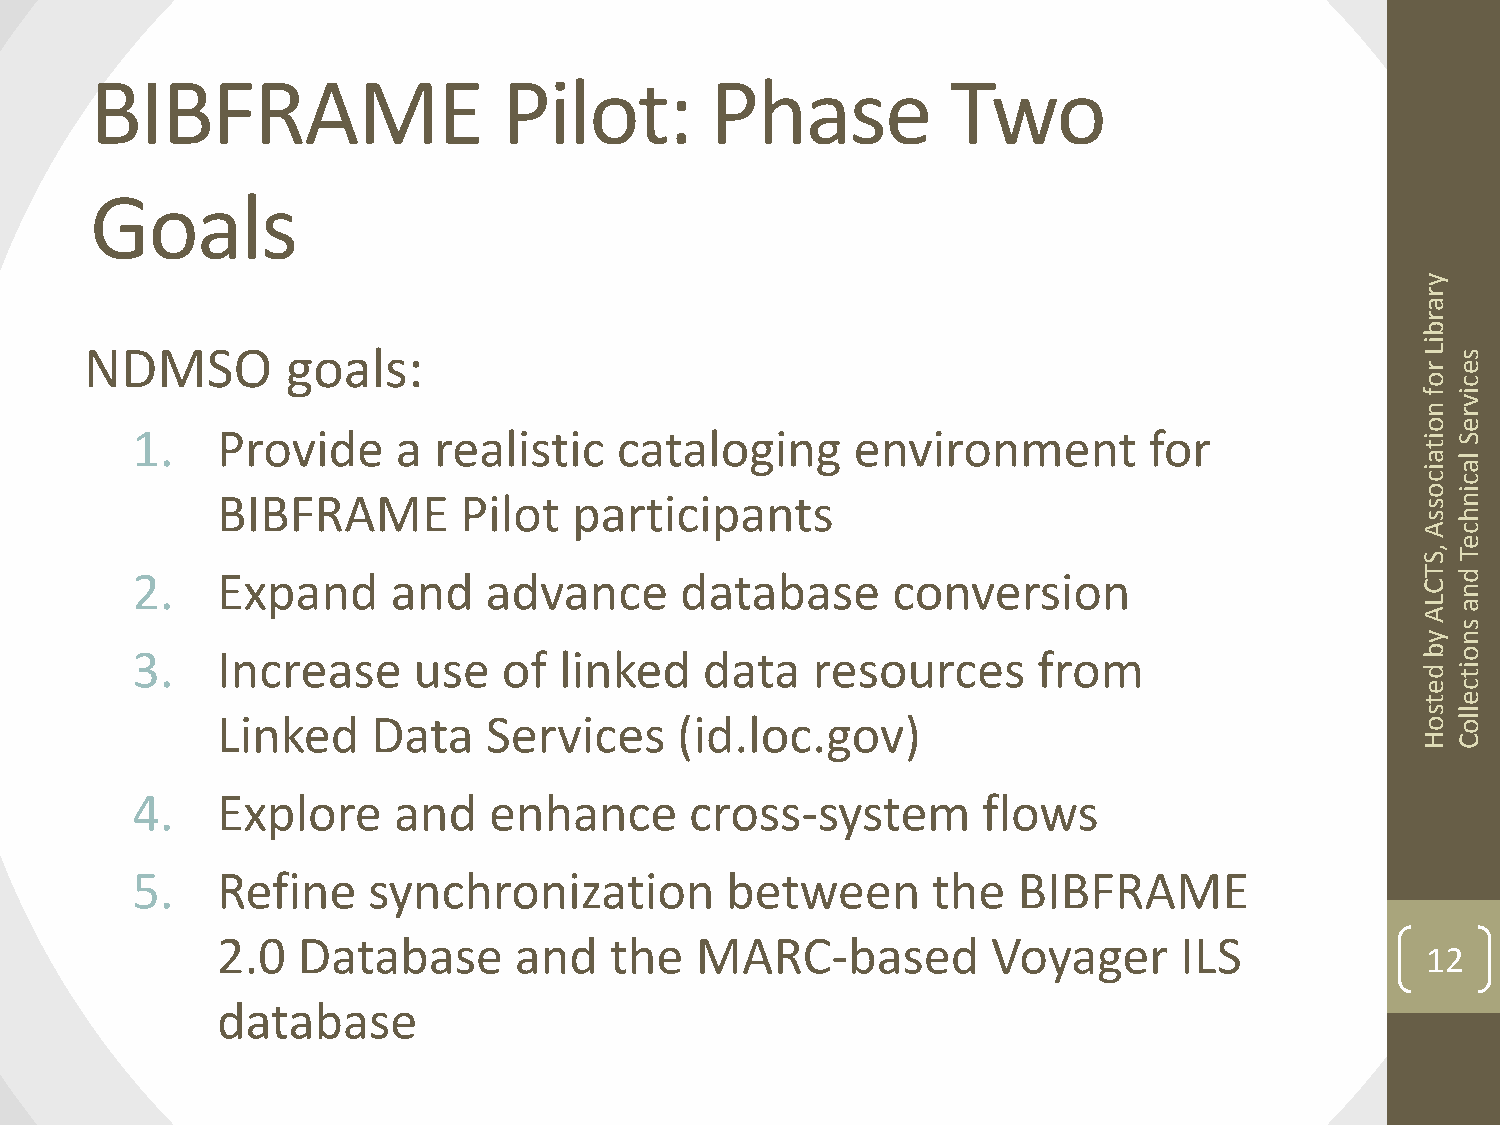
BIBFRAME                   Pilot:        Phase           Two
 Goals
 y
 r
 a
 r
 b
 i
 NDMSO        goals:                                                                     L rs
 e
 oc
 fi
 v
 nr
 oe
 1.   Provide     a  realistic   cataloging      environment        for               iS
 t
 a l
 ia
 cc
 BIBFRAME        Pilot   participants                                            o si n
 sh
 Ac
 e
 , ST
 2.   Expand      and   advance      database      conversion                         T d
 Cn
 La
 A
 s
 yn
 3.   Increase     use   of  linked    data   resources      from                     bo
 di
 t
 ec
 te
 sl
 Linked     Data   Services     (id.loc.gov)                                     ol o
 HC
 4.   Explore     and   enhance       cross-system       flows
 5.   Refine    synchronization         between       the  BIBFRAME
 2.0   Database      and   the   MARC-based          Voyager     ILS
 12
 database